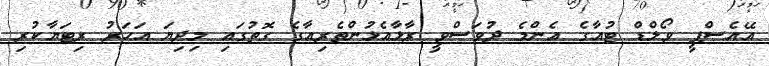
އޭއެސްޕީ ވޯލްޑް ޓުއާގެ އެންމެ ދުވަސްވީ ރާޅާއެޅުންތެރިއާގެ ގޮތުގައި މިދިޔަ އަހަރު ރިޓަޔާކުރި